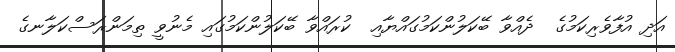
އަދި އުފާވެރިކަމުގެ  ދެއްވާ ބޭކަލުންކަމުގައްޔާއި  ކުރައްވާ ބޭކަލުންކަމުގައި މެނުވީ ތިމަންރަސްކަލާނގެ